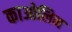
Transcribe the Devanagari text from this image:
काओलिन